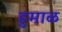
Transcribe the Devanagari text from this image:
हुमाळ